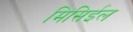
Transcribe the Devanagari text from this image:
मिसिईल